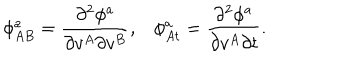
LaTeX: \phi _ { A B } ^ { a } = \frac { \partial ^ { 2 } \phi ^ { a } } { \partial v ^ { A } \partial v ^ { B } } , \phi _ { A t } ^ { a } = \frac { \partial ^ { 2 } \phi ^ { a } } { \partial v ^ { A } \partial t } .